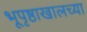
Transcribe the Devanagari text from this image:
भूपृष्ठाखालच्या